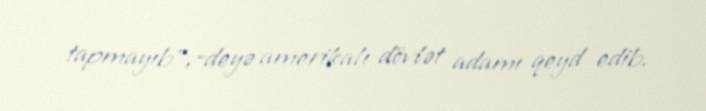
tapmayıb”,-deyə amerikalı dövlət adamı qeyd edib.